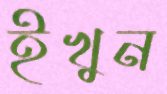
ইখুন